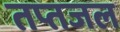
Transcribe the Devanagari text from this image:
तप्तजल